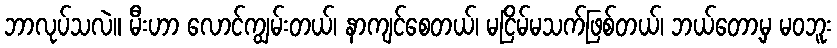
ဘာလုပ်သလဲ။ မီးဟာ လောင်ကျွမ်းတယ်၊ နာကျင်စေတယ်၊ မငြိမ်မသက်ဖြစ်တယ်၊ ဘယ်တော့မှ မဝဘူး